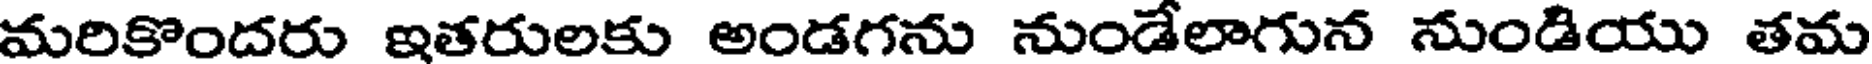
మరికొందరు ఇతరులకు అండగను నుండేలాగున నుండియు తమ